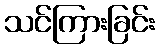
သင်ကြားခြင်း